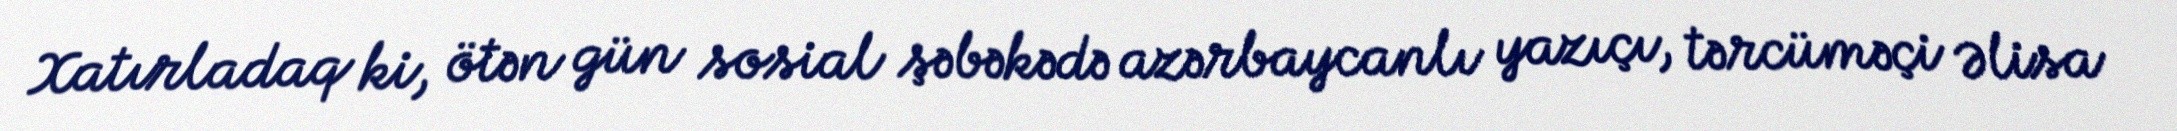
Xatırladaq ki, ötən gün sosial şəbəkədə azərbaycanlı yazıçı, tərcüməçi Əlisa